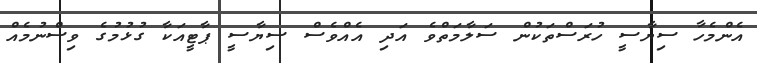
އެންމެހާ ސިޔާސީ ހުރަސްތަކުން ސަލާމަތްވެ އަދި އެއްވެސް ސިޔާސީ ޕާޓީއަކާ ގުޅުމުގެ ވިސްނުމެއް